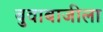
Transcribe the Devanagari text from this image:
बुवाबाजीला